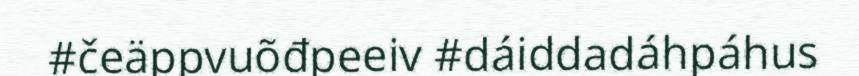
#čeäppvuõđpeeiv #dáiddadáhpáhus